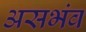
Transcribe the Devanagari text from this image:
असभंव